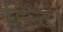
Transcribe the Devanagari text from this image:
हिन्द।